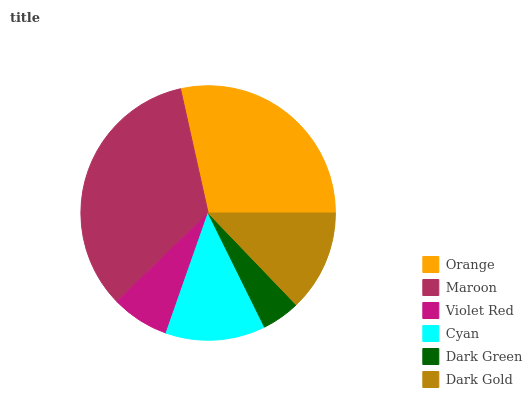
| Orange | Maroon | Violet Red | Cyan | Dark Green | Dark Gold |
 | --- | --- | --- | --- | --- | --- |
 | 28.5% | 33.7% | 7.39% | 12.7% | 4.87% | 12.8% |